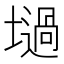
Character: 𡑟